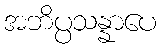
အဘိပ္ပသန္နာပေ